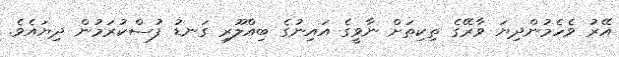
އޭރު ވެހެމުންދިޔަ ވާރޭގެ ތިކިތަށް ނާވީގެ އައިނުގެ ބިއްލޫރި ގަނޑު ފުސްކުރަމުން ދިޔައެވެ.